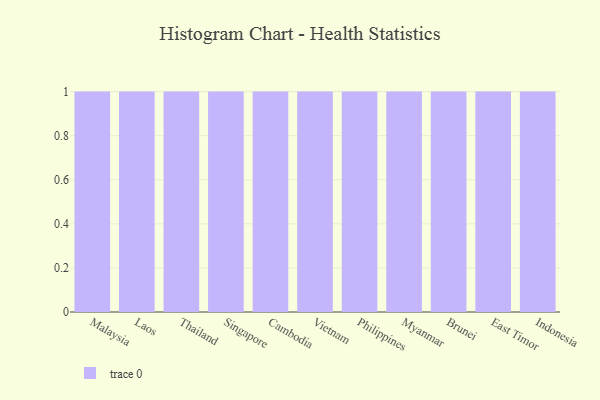
{"axis": {"x": "Country", "y": "Conversion Rate (%)"}, "legend": [""], "data": [{"x": "Malaysia", "y": 94, "type": ""}, {"x": "Laos", "y": 65, "type": ""}, {"x": "Thailand", "y": 2, "type": ""}, {"x": "Singapore", "y": 46, "type": ""}, {"x": "Cambodia", "y": 87, "type": ""}, {"x": "Vietnam", "y": 49, "type": ""}, {"x": "Philippines", "y": 49, "type": ""}, {"x": "Myanmar", "y": 54, "type": ""}, {"x": "Brunei", "y": 67, "type": ""}, {"x": "East Timor", "y": 9, "type": ""}, {"x": "Indonesia", "y": 19, "type": ""}]}